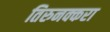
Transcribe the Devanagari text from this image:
तिरुनक्करा